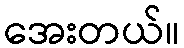
အေးတယ်။